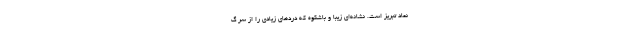
نماد تبریز است. نشانه‌ای زیبا و باشکوه که دردهای زیادی را از سر گ